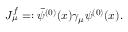
J _ { \mu } ^ { f } = : { \bar { \psi } } ^ { ( 0 ) } ( x ) \gamma _ { \mu } \psi ^ { ( 0 ) } ( x ) .